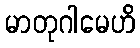
မာတုဂါမေဟိ